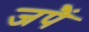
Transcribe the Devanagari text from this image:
जपैं